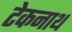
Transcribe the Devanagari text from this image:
टेकनाथ